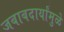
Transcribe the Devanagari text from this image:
जबाबदार्यांमुळे